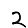
Digit: 2